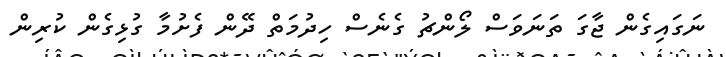
ނަގައިގެން ޖާގަ ތަނަވަސް ލޯންޗު ގެނެސް ހިދުމަތް ދޭން ފެށުމާ ގުޅިގެން ކުރިން